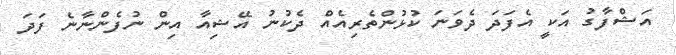
އަޝްފާގު އަކީ އެފަދަ ދެވަނަ ކުޅުންތެރިއެއް ދެކުނު އޭޝިއާ އިން ނުފެންނާނެ ފަދަ